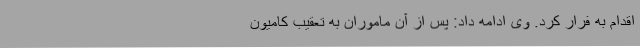
اقدام به فرار کرد. وی ادامه داد: پس از آن ماموران به تعقیب کامیون